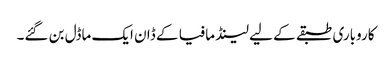
کاروباری طبقے کے لیے لینڈ مافیا کے ڈان ایک ماڈل بن گئے۔